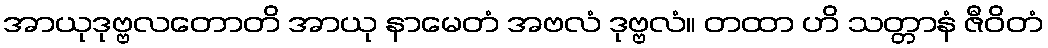
အာယုဒုဗ္ဗလတောတိ အာယု နာမေတံ အဗလံ ဒုဗ္ဗလံ။ တထာ ဟိ သတ္တာနံ ဇီဝိတံ